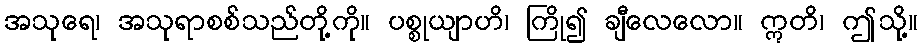
အသုရေ၊ အသုရာစစ်သည်တို့ကို။ ပစ္စုယျာဟိ၊ ကြို၍ ချီလေလော။ ဣတိ၊ ဤသို့။